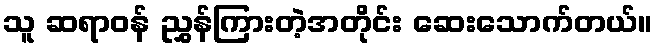
သူ ဆရာဝန် ညွှန်ကြားတဲ့အတိုင်း ဆေးသောက်တယ်။